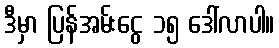
ဒီမှာ ပြန်အမ်းငွေ ၁၅ ဒေါ်လာပါ။